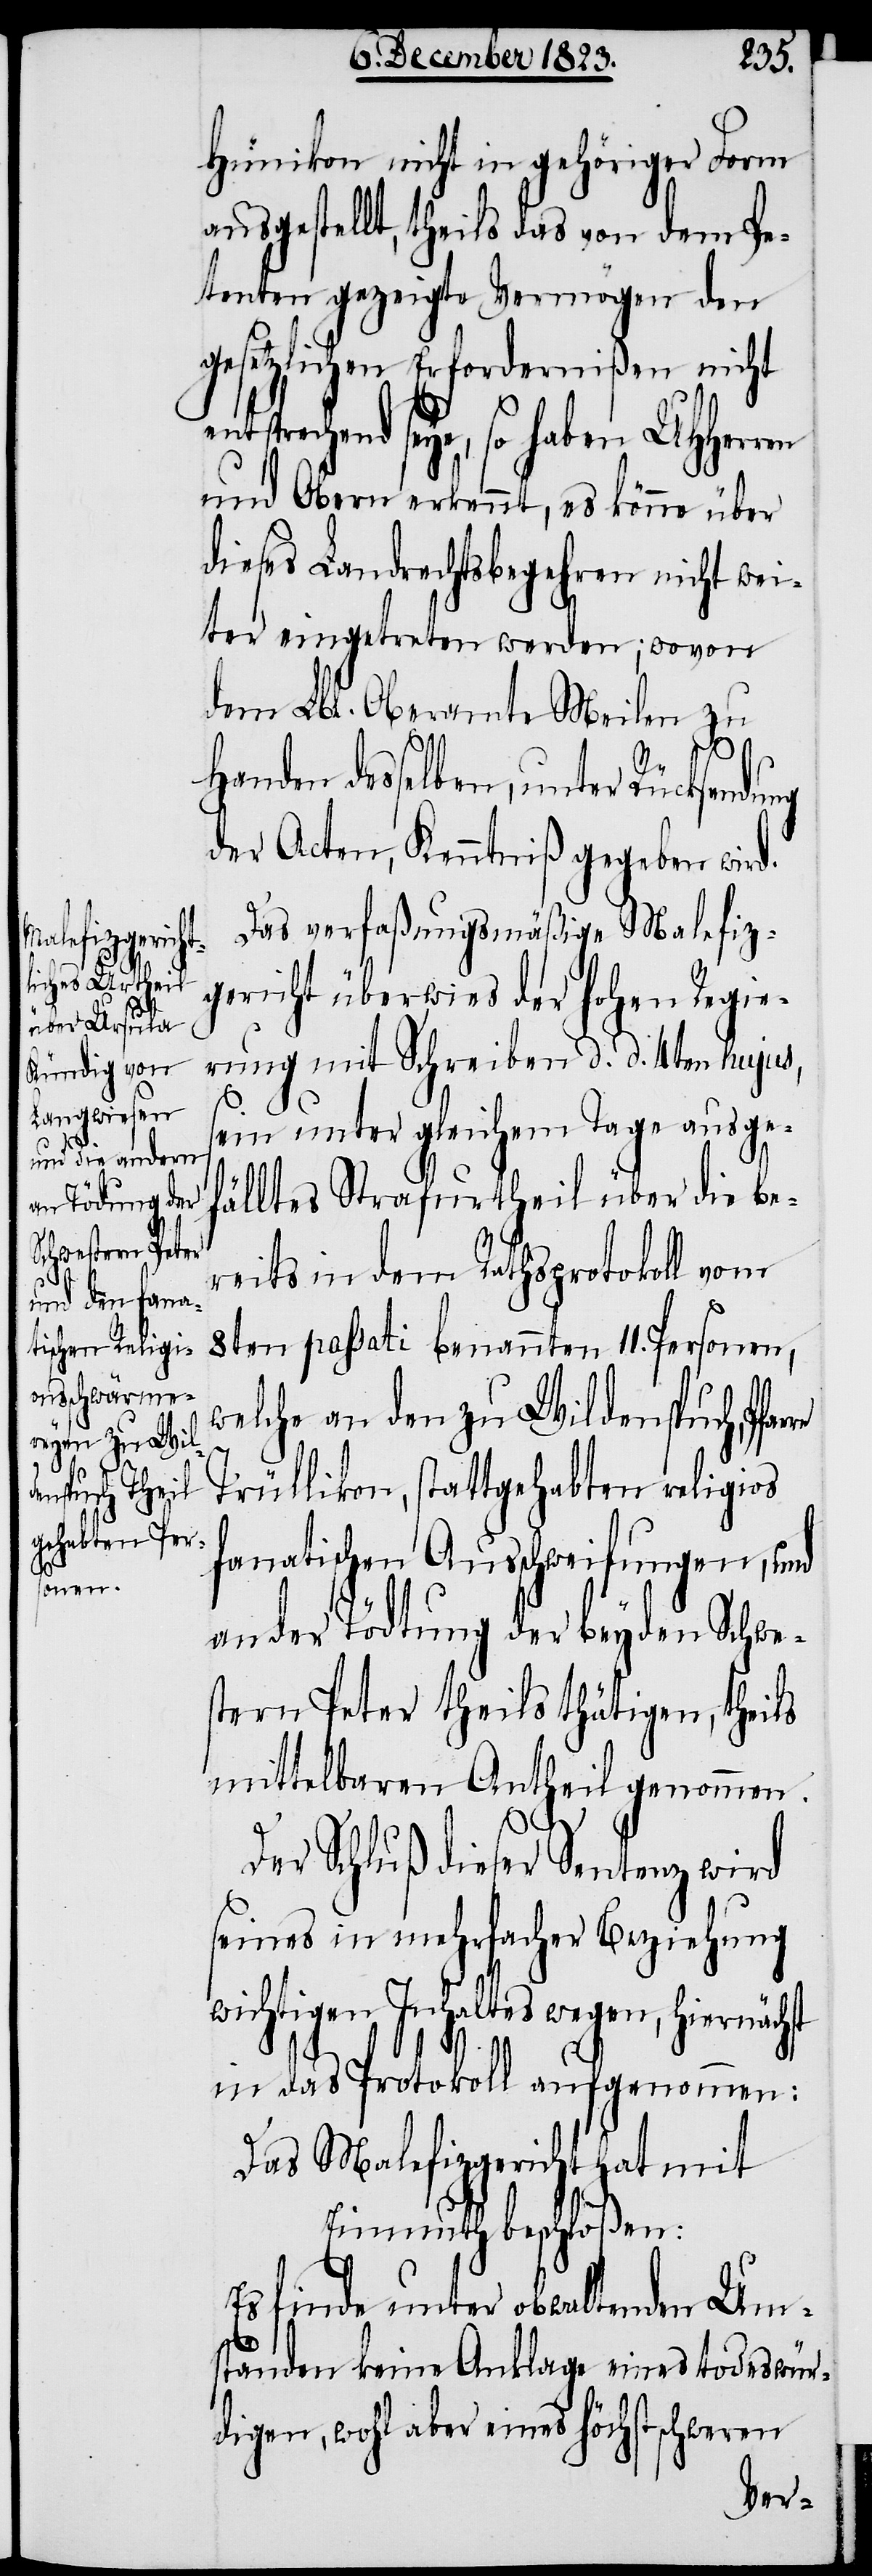
entsprech¬

Hünikon nicht in gehöriger Form
ausgestellt, theils das von dem Pe¬
tenten gezeigte Vermögen den
gesetzlichen Erfordernißen nicht
end seye, so haben UHHerr¬
und Obern erkennt, es könne über
dieses Landrechtsbegehren nicht wei¬
ter eingetreten werden; wovon
dem Lbl. Oberamte Meilen zu
Handen desselben, unter Rücksendung
der Acten, Kenntniß gegeben wird.
Das verfaßungsmäßige Malefiz¬
gericht überwies der hohen Regie¬
rung mit Schreiben d. d. 4ten hujus,
sein unter gleichem Tage ausge¬
fälltes Strafurtheil über die be¬
reits in dem Rathsprotokoll vom
8ten passati benannten 11. Personen,
welche an den zu Wildenspuch, Pfar¬
re
Trüllikon, stattgehabten religios
fanatischen Ausschweifungen, und
an der Tödtung der beyden Schwe¬
stern Peter theils thätigen, theils
mittelbaren Antheil genommen.
Der Schluß dieser Sentenz wird
seines in mehrfacher Beziehung
wichtigen Inhalts wegen, hiernächst
in das Protokoll aufgenommen:
Das Malefizgericht hat mit
Einmuth beschloßen:
Es finde unter obwaltenden Um¬
ständen keine Anklage eines todeswür¬
digen, wohl aber eines höchstschweren